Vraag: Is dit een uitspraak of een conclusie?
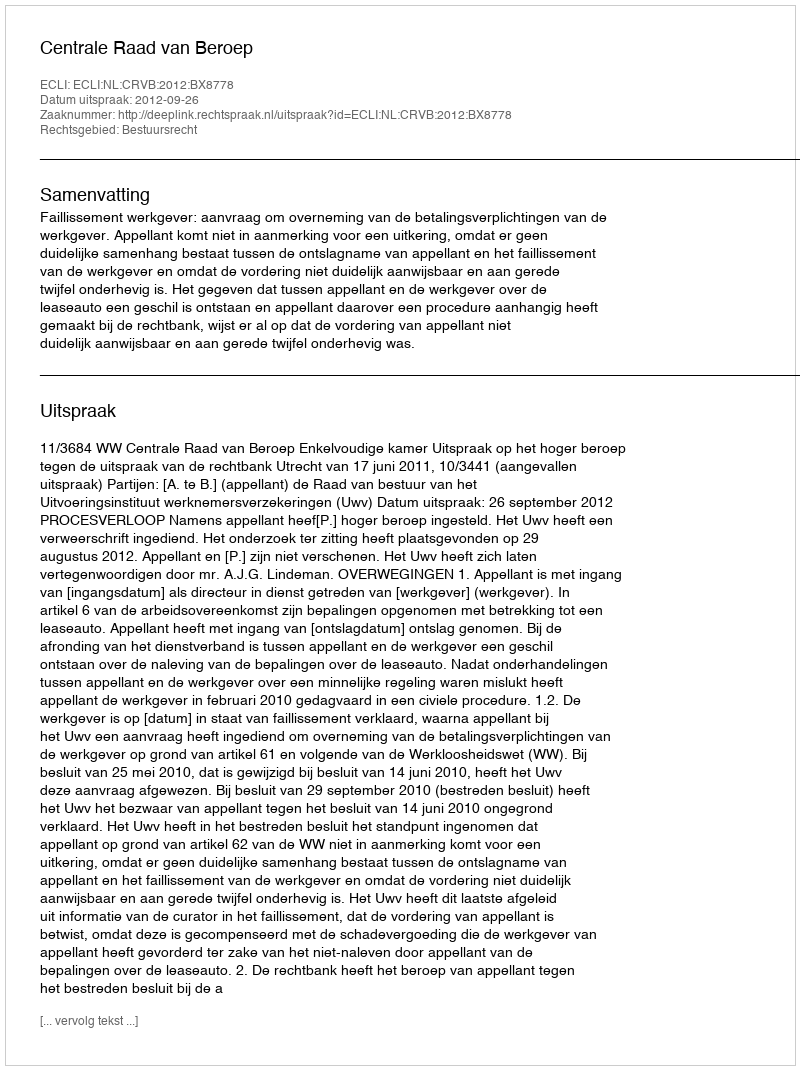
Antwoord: Uitspraak